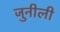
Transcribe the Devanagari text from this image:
जुनीली